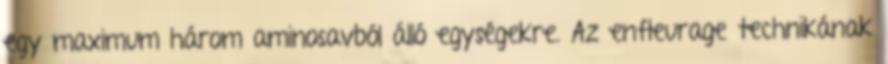
egy maximum három aminosavból álló egységekre. Az enfleurage technikának